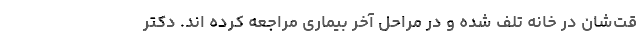
قت‌شان در خانه تلف شده و در مراحل آخر بیماری مراجعه کرده اند. دکتر